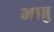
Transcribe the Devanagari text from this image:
भाब्रु